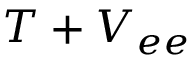
T + V _ { e e }